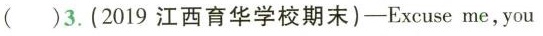
()3. (2019江西育华学校期末)-Excuse me,you